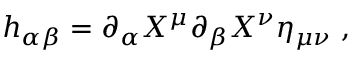
h _ { \alpha \beta } = \partial _ { \alpha } X ^ { \mu } \partial _ { \beta } X ^ { \nu } \eta _ { \mu \nu } \; ,